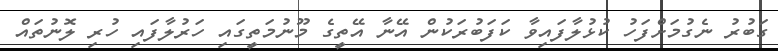
ގަބުރު ނެގުމަށްފަހު ކުޅުލާފައިވާ ކަފަބުރަކުން އޭނާ އޭތީގެ މޫނުމަތީގައި ހަރުލާފައި ހުރި ލޮނުތައް